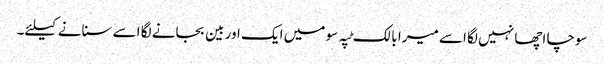
سوچا اچھا نہیں لگا اسے میرا بالک ٹپہ سو میں ایک اور بین بجانے لگا اسے سنانے کیلئے۔